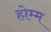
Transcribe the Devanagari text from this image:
होम्म